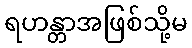
ရဟန္တာအဖြစ်သို့မ